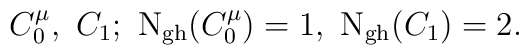
C_0^\mu , \ C_1 ;\  {\rm N_{gh}}(C_0^\mu )=1 , \ {\rm N_{gh}}(C_1)=2.